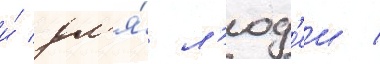
и́ дл'я́ л'юд'еи /